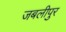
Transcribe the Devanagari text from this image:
जबलीपुर